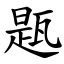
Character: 㼵